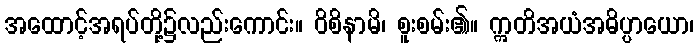
အထောင့်အရပ်တို့၌လည်းကောင်း။ ဝိစိနာမိ၊ စူးစမ်း၏။ ဣတိအယံအဓိပ္ပာယော၊